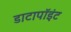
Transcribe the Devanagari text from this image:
डाटापॉइंट